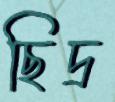
ছিদ্র